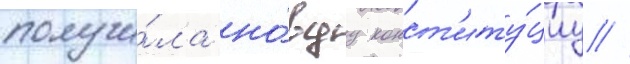
получи́ла но́вуу конст'иту́циу //